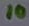
Text: 10